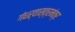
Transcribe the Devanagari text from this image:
गंधर्वास्त्रमंत्र